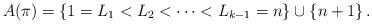
LaTeX: \begin{align*}A(\pi)=\{1=L_1<L_2< \cdots <L_{k-1}=n\} \cup \{n+1\}\,.\end{align*}